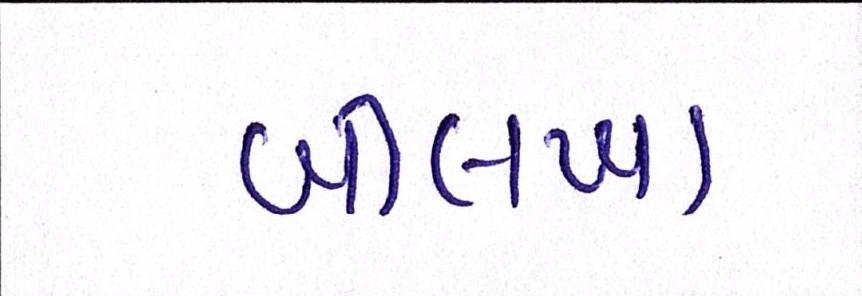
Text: બીલખા